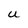
Character: U